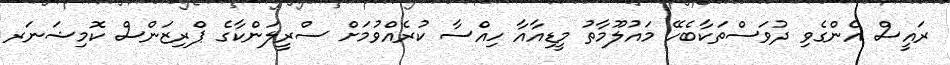
ރައީސް އެންގެވި ދުވަސްތަކާބެހޭ މައުލޫމާތު މީޑިއާއާ ހިއްސާ ކުރެއްވުމަށް ސްރީލަންކާގެ ޕްރިޒަންސް ކޮމިޝަނަރ